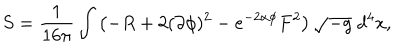
S = \frac { 1 } { 1 6 \pi } \int \left( - R + 2 ( \partial \phi ) ^ { 2 } - e ^ { - 2 \alpha \phi } F ^ { 2 } \right) \sqrt { - g } \; d ^ { 4 } x ,